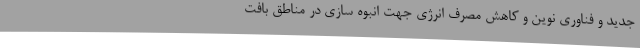
جدید و فناوری نوین و کاهش مصرف انرژی جهت انبوه سازی در مناطق بافت